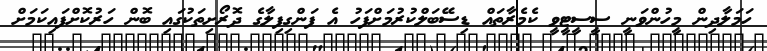
ހަމަލާދިން މީހުންވަނީ ސީސީޓީވީ ކެމެރާތައް ޑިސޭބަލްކުރުމަށްފަހު އެ ފަންގިފިލާގެ ދޮރޯށިތަކުގައި ބޮން ހަރުކޮށްފައިކަމަށް